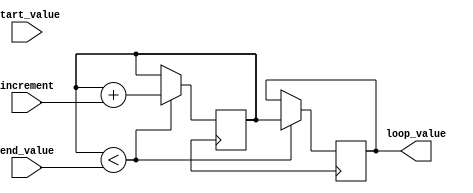
module dynamic_range_loop (
    input [7:0] start_value,
    input [7:0] end_value,
    input [7:0] increment,
    output [7:0] loop_value
);

reg [7:0] current_value;

always @ (posedge clk) begin
    if (current_value < end_value) begin
        loop_value <= current_value;
        current_value <= current_value + increment;
    end
end

endmodule